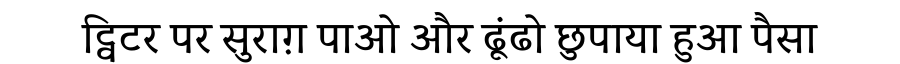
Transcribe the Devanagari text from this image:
ट्विटर पर सुराग़ पाओ और ढूंढो छुपाया हुआ पैसा